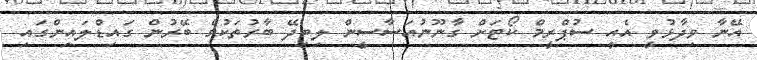
އޭނާ ވިދާޅުވީ އެއީ ސުޕްރީމް ކޯޓަށް ގާނޫނުއަސާސީން ލިބިދޭ ބާރުތަކުގެ ބޭރުން ގައިޑްލައިންގައި